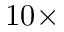
1 0 \times